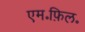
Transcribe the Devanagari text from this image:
एम॰फ़िल॰